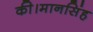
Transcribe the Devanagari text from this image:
की।मानसिंह